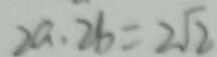
2 a \cdot 2 b = 2 \sqrt { 2 }